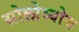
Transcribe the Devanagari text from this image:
सोलोव्योव